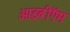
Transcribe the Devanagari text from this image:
आइबीऍम